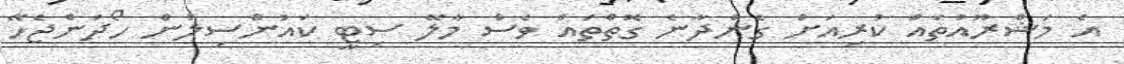
އެ މަޝްރޫއުތައް ކުރިއަށް ގެންދާނެ ގޮތްތައް ވެސް މާލޭ ސިޓީ ކައުންސިލުން ހޯދަންޖެހޭ